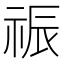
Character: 祳